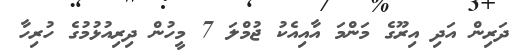
ދަރިން އަދި އިރޫގެ މަންމަ އާއިއެކު ޖުމްލަ 7 މީހުން ދިރިއުޅުމުގެ ހުރިހާ